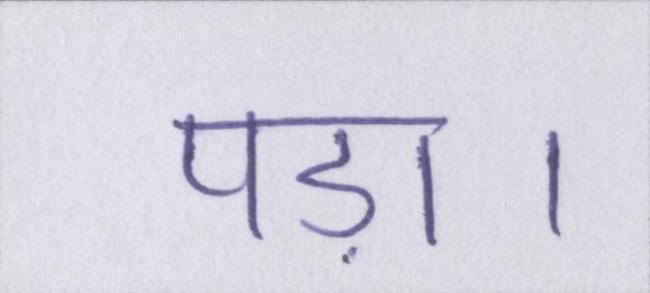
पड़ा।